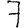
Digit: 7